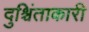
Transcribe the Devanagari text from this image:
दुश्चिंताकारी